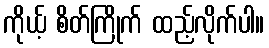
ကိုယ့် စိတ်ကြိုက် ထည့်လိုက်ပါ။